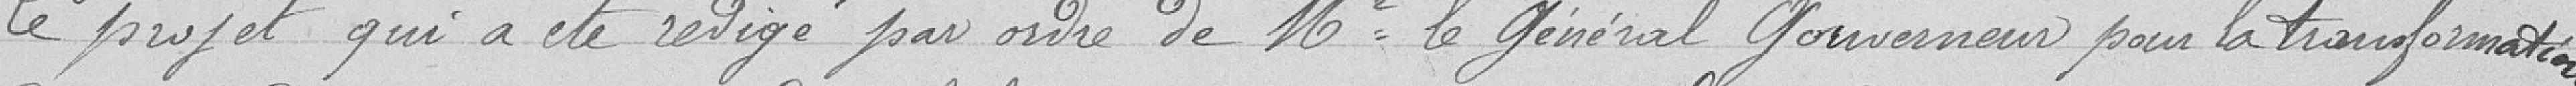
Le projet qui a été rédigé par ordre de Mr le Général Gouverneur pour la transformation